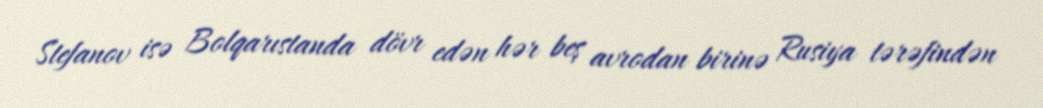
Stefanov isə Bolqarıstanda dövr edən hər beş avrodan birinə Rusiya tərəfindən